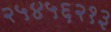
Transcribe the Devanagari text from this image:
२५४५६२१३